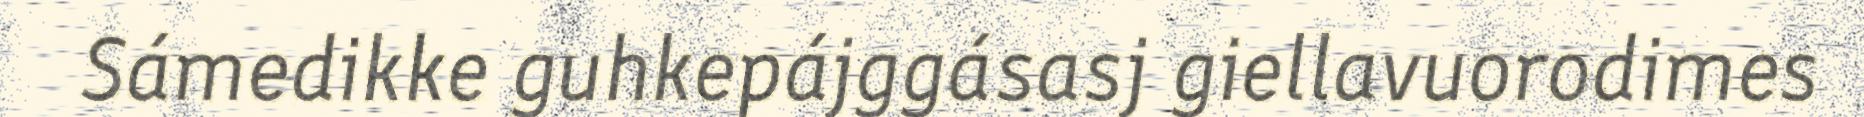
Sámedikke guhkepájggásasj giellavuorodimes